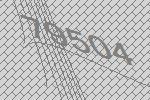
79504